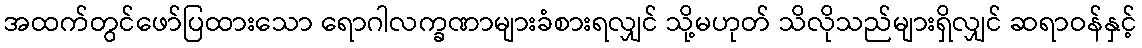
အထက်တွင်ဖော်ပြထားသော ရောဂါလက္ခဏာများခံစားရလျှင် သို့မဟုတ် သိလိုသည်များရှိလျှင် ဆရာဝန်နှင့်